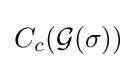
C_{c}({\mathcal {G}}(\sigma ))